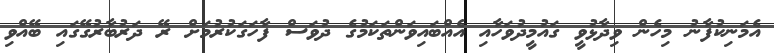
އެމަނިކުފާނު މިހެން ވިދާޅުވީ ގައުމީދުވަހާއި އެއްބައިވަންތަކަމުގެ ދުވަސް ފާހަގަކުރުމަށް ރޭ ދަރުބާރުގޭގައި ބޭއްވި